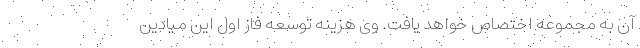
آن به مجموعه اختصاص خواهد یافت. وی هزینه توسعه فاز اول این میادین